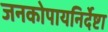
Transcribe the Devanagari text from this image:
जनकोपायनिर्देष्टा